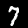
Digit: 7